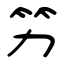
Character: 竻